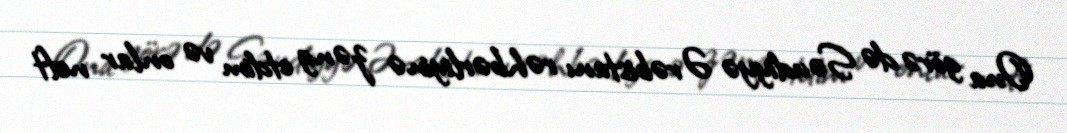
Ona görə də Səudiyyə Ərəbistanı rəhbərliyinə zəng etdim və onlar neft